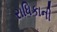
રાધિકાની